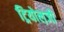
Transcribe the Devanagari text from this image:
ट्रियोल़जी